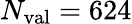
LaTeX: N_{\mathrm{val}}=624